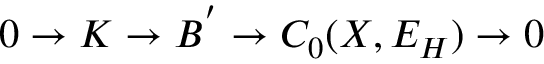
0 \rightarrow { \cal K } \rightarrow { \cal B ^ { ' } } \rightarrow C _ { 0 } ( X , E _ { H } ) \rightarrow 0